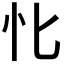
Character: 𢖬